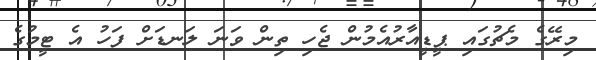
މިރޭގެ މެޗުގައި ޕީޑީއާރުއެމުން ޖެހި ތިން ވަނަ ލަނޑަށް ފަހު އެ ޓީމުގެ